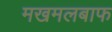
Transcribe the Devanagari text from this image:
मखमलबाफ